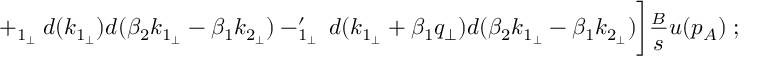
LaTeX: \biggl . + \not { q } _ { 1 _ { \perp } } \: d ( k _ { 1 _ { \perp } } ) d ( \beta _ { 2 } k _ { 1 _ { \perp } } - \beta _ { 1 } k _ { 2 _ { \perp } } ) - \not { q } _ { 1 _ { \perp } } ^ { \prime } \: d ( k _ { 1 _ { \perp } } + \beta _ { 1 } q _ { \perp } ) d ( \beta _ { 2 } k _ { 1 _ { \perp } } - \beta _ { 1 } k _ { 2 _ { \perp } } ) \biggr ] \frac { \not { p } _ { B } } { s } u ( p _ { A } ) \; ;